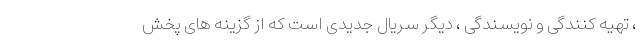
، تهیه کنندگی و نویسندگی ، دیگر سریال جدیدی است که از گزینه های پخش